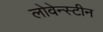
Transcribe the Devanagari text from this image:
लोवेन्स्टीन